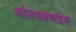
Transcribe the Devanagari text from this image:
कोरएक्सप्रेस